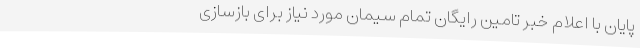
پایان با اعلام خبر تامین رایگان تمام سیمان مورد نیاز برای بازسازی